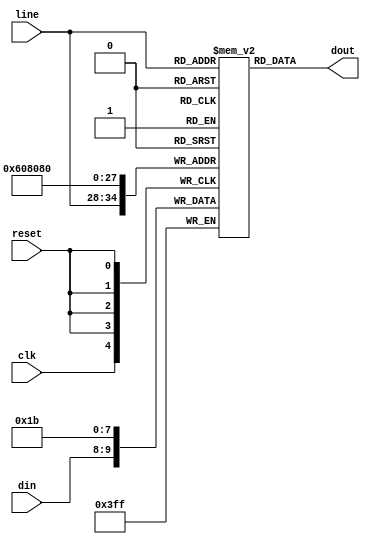
// Preditor --,-,+,++
module pred_table ( clk, line,  din, dout , reset);
input clk;
input [6:0] line;
input [1:0] din;
output [1:0] dout;
input reset;


reg [1:0] memory[0:127];


always @(posedge clk )
  begin
      memory[line] <= din; 
  end

assign dout = memory[line];


always @( posedge reset) 
			if(reset) // inicia  para testes
				begin
				  memory[0] <= 2'h3;
				  memory[1] <= 2'h2;
				  memory[2] <= 2'h1;
				  memory[3] <= 2'h0;
				end


endmodule